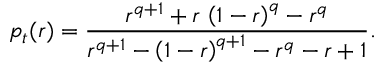
p _ { t } ( r ) = \frac { r ^ { q + 1 } + r \, \left( 1 - r \right) ^ { q } - r ^ { q } } { r ^ { q + 1 } - \left( 1 - r \right) ^ { q + 1 } - r ^ { q } - r + 1 } .